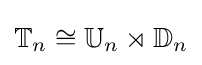
\mathbb {T} _{n}\cong \mathbb {U} _{n}\rtimes \mathbb {D} _{n}